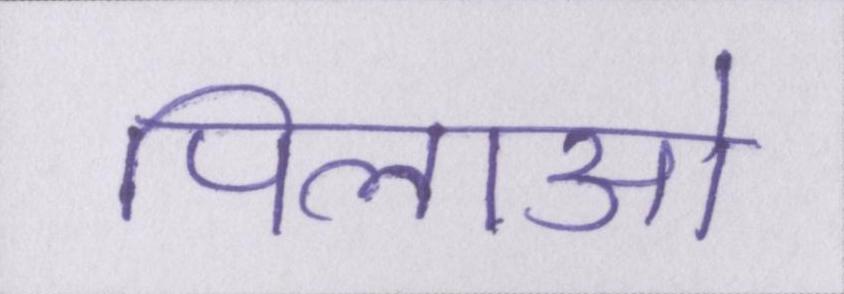
पिलाओ